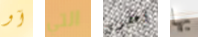
آو التي أعطوني بها